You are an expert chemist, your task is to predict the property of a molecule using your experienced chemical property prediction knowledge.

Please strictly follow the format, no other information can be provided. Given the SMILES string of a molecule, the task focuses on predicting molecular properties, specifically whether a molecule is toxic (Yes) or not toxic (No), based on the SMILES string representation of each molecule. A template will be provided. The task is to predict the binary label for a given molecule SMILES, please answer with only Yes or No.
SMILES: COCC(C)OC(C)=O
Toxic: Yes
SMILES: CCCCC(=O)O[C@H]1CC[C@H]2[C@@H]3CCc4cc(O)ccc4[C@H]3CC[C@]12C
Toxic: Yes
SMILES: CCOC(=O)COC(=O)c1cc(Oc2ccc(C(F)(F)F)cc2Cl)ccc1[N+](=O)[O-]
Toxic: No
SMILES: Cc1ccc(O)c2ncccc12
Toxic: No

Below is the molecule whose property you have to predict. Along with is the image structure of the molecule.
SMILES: OCc1ccccc1O
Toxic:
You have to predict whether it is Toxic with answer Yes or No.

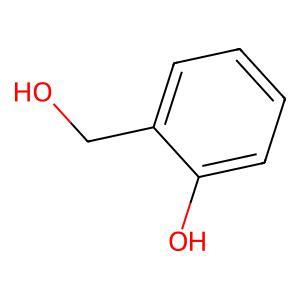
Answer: No